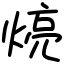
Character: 煷